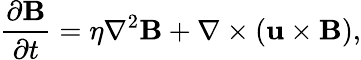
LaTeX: {\frac{\partial\mathbf{B}}{\partial t}}=\eta\nabla^{2}\mathbf{B}+\nabla\times(\mathbf{u}\times\mathbf{B}),